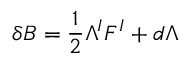
\delta { \cal B } = \frac 1 2 \Lambda ^ { I } { \cal F } ^ { I } + d \Lambda